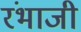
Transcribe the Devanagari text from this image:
रंभाजी